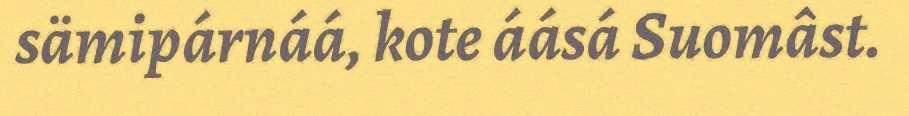
sämipárnáá, kote áásá Suomâst.